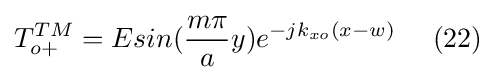
T_{o+}^{TM}=Esin({\frac {m\pi }{a}}y)e^{-jk_{xo}(x-w)}\ \ \ \ (22)